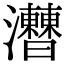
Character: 𤅍